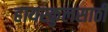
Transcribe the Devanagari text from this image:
हायस्‍कुलसाठी